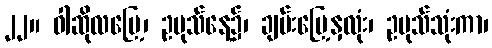
၂၂။ ဝါဆိုလပြေ့၊ ဥပုသ်နေ့၌၊ ချမ်းမြေ့နှလုံး၊ ဥပုသ်သုံးကာ၊